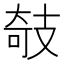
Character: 攲